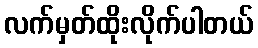
လက်မှတ်ထိုးလိုက်ပါတယ်